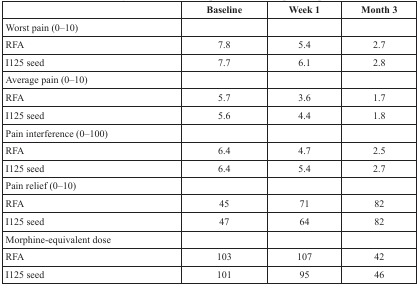
<table><thead><tr><td>[EMPTY_CELL]</td><td><b>Baseline</b></td><td><b>Week 1</b></td><td><b>Month 3</b></td></tr></thead><tbody><tr><td>Worst pain (0–10)</td><td>[EMPTY_CELL]</td><td>[EMPTY_CELL]</td><td>[EMPTY_CELL]</td></tr><tr><td>RFA</td><td>7.8</td><td>5.4</td><td>2.7</td></tr><tr><td>I125 seed</td><td>7.7</td><td>6.1</td><td>2.8</td></tr><tr><td>Average pain (0–10)</td><td>[EMPTY_CELL]</td><td>[EMPTY_CELL]</td><td>[EMPTY_CELL]</td></tr><tr><td>RFA</td><td>5.7</td><td>3.6</td><td>1.7</td></tr><tr><td>I125 seed</td><td>5.6</td><td>4.4</td><td>1.8</td></tr><tr><td>Pain interference (0–100)</td><td>[EMPTY_CELL]</td><td>[EMPTY_CELL]</td><td>[EMPTY_CELL]</td></tr><tr><td>RFA</td><td>6.4</td><td>4.7</td><td>2.5</td></tr><tr><td>I125 seed</td><td>6.4</td><td>5.4</td><td>2.7</td></tr><tr><td>Pain relief (0–10)</td><td>[EMPTY_CELL]</td><td>[EMPTY_CELL]</td><td>[EMPTY_CELL]</td></tr><tr><td>RFA</td><td>45</td><td>71</td><td>82</td></tr><tr><td>I125 seed</td><td>47</td><td>64</td><td>82</td></tr><tr><td>Morphine-equivalent dose</td><td>[EMPTY_CELL]</td><td>[EMPTY_CELL]</td><td>[EMPTY_CELL]</td></tr><tr><td>RFA</td><td>103</td><td>107</td><td>42</td></tr><tr><td>I125 seed</td><td>101</td><td>95</td><td>46</td></tr></tbody></table>